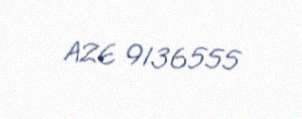
AZE 9136555